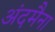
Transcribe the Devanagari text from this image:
अंदमैना